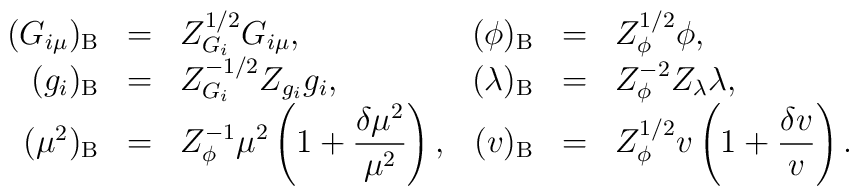
\begin{array}{rclrcl}(G_{i\mu})_{\rm B}&=&Z^{1/2}_{G_i}G_{i\mu},&(\phi)_{\rm B}&=&Z^{1/2}_{\phi}\phi,\\\displaystyle (g_i)_{\rm B}&=&Z^{-1/2}_{G_i}Z_{g_i}g_i,&(\lambda)_{\rm B}&=&Z^{-2}_{\phi}Z_{\lambda}\lambda,\\(\mu^2)_{\rm B}&=&\displaystyle Z^{-1}_{\phi}\mu^2\left(1+\frac{\delta\mu^2}{\mu^2}\right),&(v)_{\rm B}&=&\displaystyle Z^{1/2}_{\phi}v\left(1+\frac{\delta v}{v}\right).\end{array}